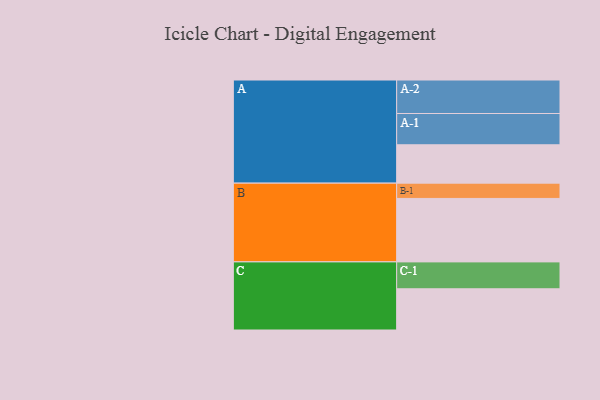
{"axis": {"x": "Segment", "y": "Value"}, "legend": ["", "A", "B", "C"], "data": [{"x": "A", "y": 324, "type": ""}, {"x": "B", "y": 536, "type": ""}, {"x": "C", "y": 348, "type": ""}, {"x": "A-1", "y": 264, "type": "A"}, {"x": "A-2", "y": 283, "type": "A"}, {"x": "B-1", "y": 129, "type": "B"}, {"x": "C-1", "y": 227, "type": "C"}]}